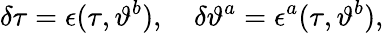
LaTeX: \delta\tau=\epsilon(\tau,\vartheta^{b}),\quad\delta\vartheta^{a}=\epsilon^{a}(\tau,\vartheta^{b}),